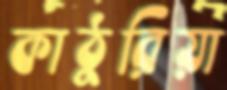
কাঠুরিয়া